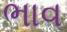
ભાવ